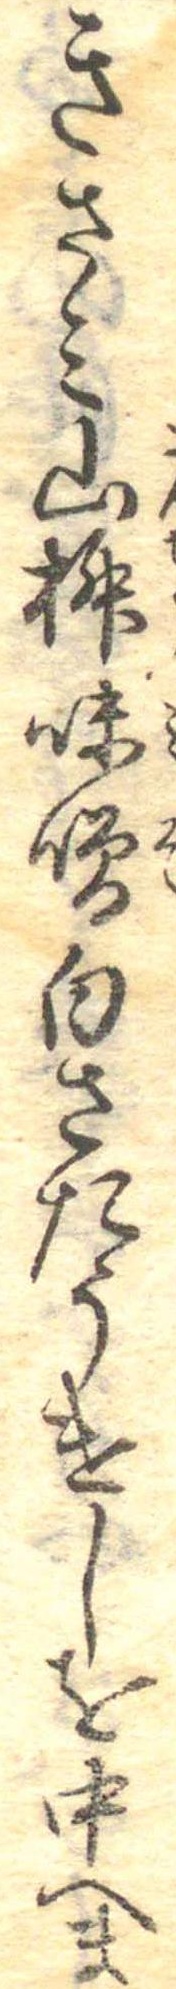
きさみ山椒味噌白さたうけしを中へま